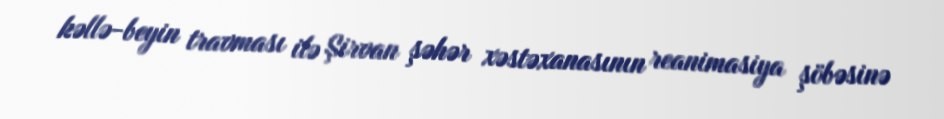
kəllə-beyin travması ilə Şirvan şəhər xəstəxanasının reanimasiya şöbəsinə